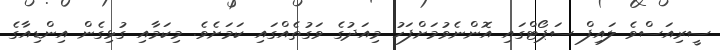
ސީރިއަސްވެ ލައިފް ސަޕޯޓްގައި އޮންނެވުމަށްފަހު މިއަދުގެ ވަގުތެއްގައި ކަމަށެވެ. މިކަމާއި ގުޅިގެން އިންޑިއާގެ